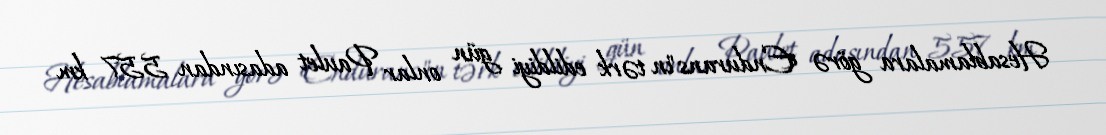
Hesablamalara görə "Endurans"ın tərk edildiyi gün onlar Paulet adasından 557 km